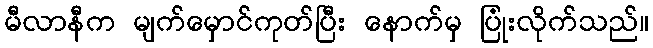
မီလာနီက မျက်မှောင်ကုတ်ပြီး နောက်မှ ပြုံးလိုက်သည်။